画像に写った文字を読んでください
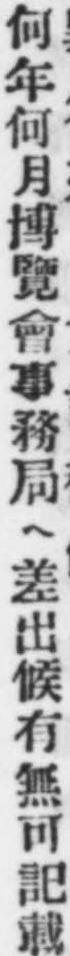
「何年何月博覽會事務局ヘ差出候有無可記載」と書いてあります